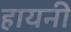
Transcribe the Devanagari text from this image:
हायनी